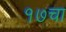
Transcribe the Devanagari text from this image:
१७चा